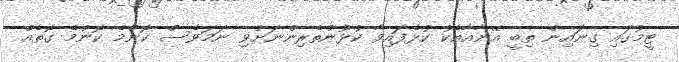
ޓީމުގައި ގިނައިން ތިބީ އޭނާއާއެކު ކުޅެފައިވާ ކުޅުންތެރިންނަށްވި ނަމަވެސް ކޮންމެ ކޮންމެ ގޮތެއް